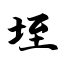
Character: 垤